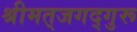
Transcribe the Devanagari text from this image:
श्रीमत्‌जगद्गुरू